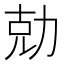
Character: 勀